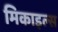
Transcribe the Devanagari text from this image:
मिकाइल्स